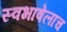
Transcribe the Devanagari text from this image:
स्वभाषेलाच